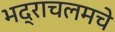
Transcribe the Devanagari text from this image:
भद्राचलमचे